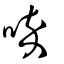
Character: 啐